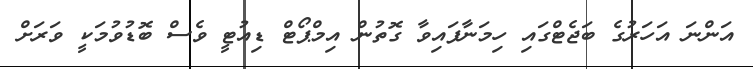
އަންނަ އަހަރުގެ ބަޖެޓްގައި ހިމަނާފައިވާ ގޮތުން އިމްޕޯޓް ޑިއުޓީ ވެސް ބޮޑުވުމަކީ ވަރަށް